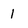
Character: 1